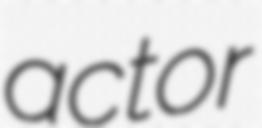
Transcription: actor